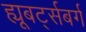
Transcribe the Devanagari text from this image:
ह्यूबर्ट्सबर्ग